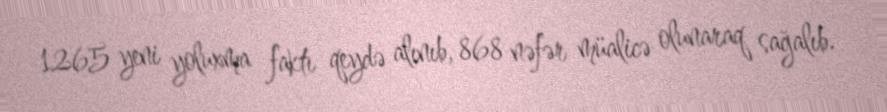
1265 yeni yoluxma faktı qeydə alınıb, 868 nəfər müalicə olunaraq sağalıb.